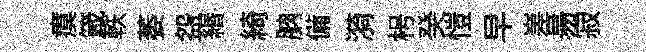
瘼箴軼萎盌緡綺朒備漪枵癸愷早嵳昜寂